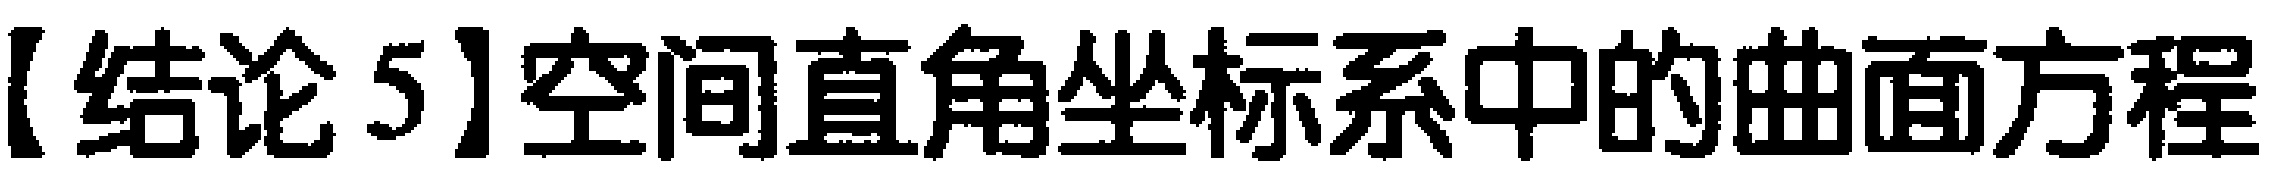
【结论5】空间直角坐标系中的曲面方程